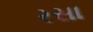
રસા